Report on sanitation, dispensaries, and jails in Rajputana for 1911, and on vaccination for the year 1911-1912 - 1911-1912
Year: 1911
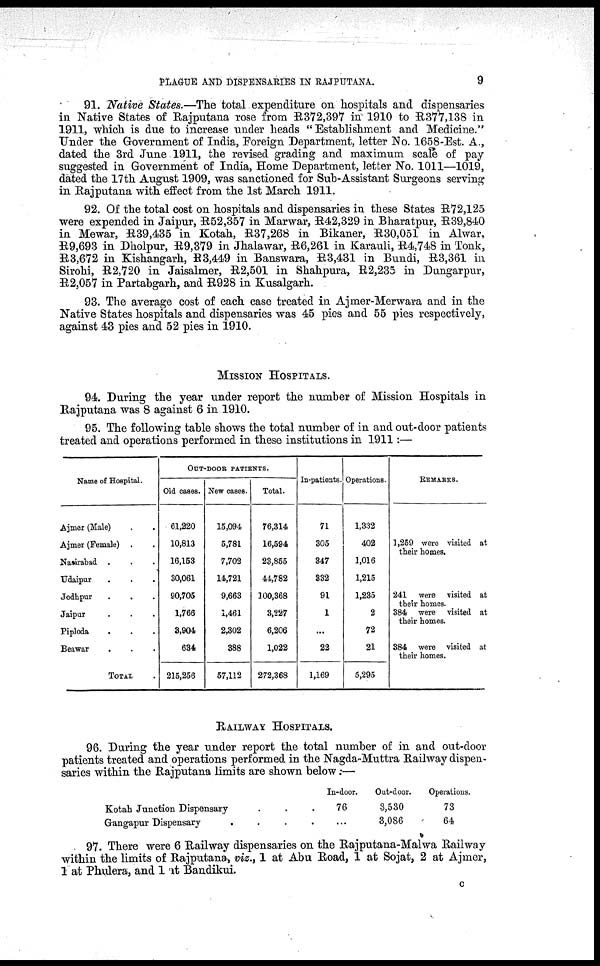
PLAGUE AND DISPENSARIES IN RAJPUTANA.
9
91. Native States.—The total expenditure on hospitals and dispensaries
in Native States of Rajputana rose from R372,397 in 1910 to R377,138 in
1911, which is due to increase under heads "Establishment and Medicine."
Under the Government of India, Foreign Department, letter No. 1658-Est. A.,
dated the 3rd June 1911, the revised grading and maximum scale of pay
suggested in Government of India, Home Department, letter No. 1011—1019,
dated the 17th August 1909, was sanctioned for Sub-Assistant Surgeons serving
in Rajputana with effect from the 1st March 1911.
92. Of the total cost on hospitals and dispensaries in these States R72,125
were expended in Jaipur, R52,357 in Marwar, R42,329 in Bharatpur, R39,840
in Mewar, R39,435 in Kotah, R37,268 in Bikaner, R30,051 in Alwar,
R9,693 in Dholpur, R9,379 in Jhalawar, R6,261 in Karauli, R4,748 in Tonk,
R3,672 in Kishangarh, R3,449 in Banswara, R3,431 in Bundi, R3,361 in
Sirohi, R2,720 in Jaisalmer, R2,501 in Shahpura, R2,235 in Dungarpur,
R2,057 in Partabgarh, and R928 in Kusalgarh.
93. The average cost of each case treated in Ajmer-Merwara and in the
Native States hospitals and dispensaries was 45 pies and 55 pies respectively,
against 43 pies and 52 pies in 1910.
MISSION HOSPITALS.
94. During the year under report the number of Mission Hospitals in
Rajputana was 8 against 6 in 1910.
95. The following table shows the total number of in and out-door patients
treated and operations performed in these institutions in 1911:—
Name of Hospital.
Ajmer (Male)
Ajmer (Female) . .
Nasirahad . . .
Udaipur . . .
Jodhpur . . . .
Jaipur . . . .
Piploda . . . .
Beawar . . . .
TOTAL
OUT-DOOR PATIENTS.
Old cases.
61,220
10,813
16,153
30,061
90,705
1,766
3,904
634
215,256
New cases.
15,094
5,781
7,702
14,721
9,663
1,461
2,302
388
57,112
Total.
76,314
16,594
23,855
44,782
300,368
3,227
6,206
1,022
272,368
In-patients.
71
305
347
332
91
1
...
22
1,169
Operations.
1,332
402
1,016
1,215
1,235
2
72
21
5,295
REMARKS.
1,259 were visited at
their homes.
241 were visited at
their homes.
384 were visited at
their homes.
384 were visited at
their homes.
RAILWAY HOSPITALS.
96. During the year under report the total number of in and out-door
patients treated and operations performed in the Nagda-Muttra Railway dispen-
saries within the Rajputana limits are shown below:—
Kotah Junction Dispensary
Gangapur Dispensary
....
In-door.
76
...
Out-door.
3,530
3,086
Operations.
73
64
97. There were 6 Railway dispensaries on the Rajputana-Malwa Railway
within the limits of Rajputana, viz., 1 at Abu Road, 1 at Sojat, 2 at Ajmer,
1 at Phulera, and 1 at Bandikui.
C